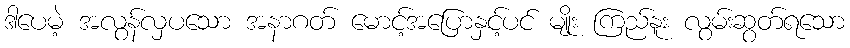
ဒါပေမဲ့ အလွန်လှပသော အနာဂတ် မောင့်အပြောနှင့်ပင် မျိုး ကြည်နူး လွမ်းဆွတ်ရသော